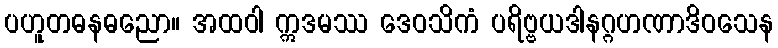
ပဟူတဓနဓညော။ အထဝါ ဣဒမဿ ဒေဝသိကံ ပရိဗ္ဗယဒါနဂ္ဂဟဏာဒိဝသေန